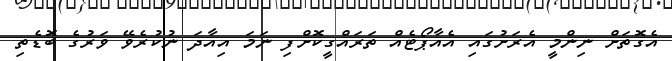
އެގޮތަށް ނިންމީ އެރަށުގައި އެއާޕޯޓެއް ތަރައްގީކޮށްފި ނަމަ އިއާދަ ނުކުރެވޭ ވަރުގެ ބޮޑެތި